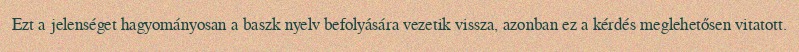
Ezt a jelenséget hagyományosan a baszk nyelv befolyására vezetik vissza, azonban ez a kérdés meglehetősen vitatott.